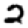
Digit: 2